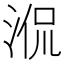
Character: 𣵿